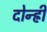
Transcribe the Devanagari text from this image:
दोन्ह्री